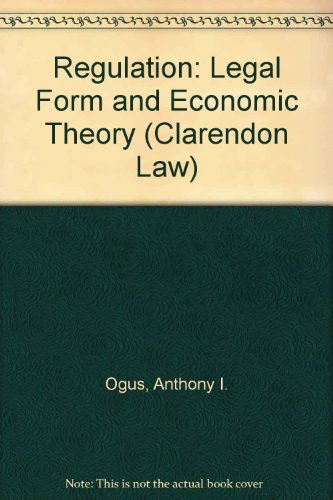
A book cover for Regulation: Legal Form and Economic Theory (Clarendon Law Series); Anthony Ogus; Law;